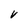
Character: V